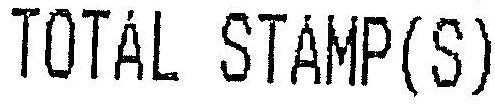
TOTAL STAMP(S)